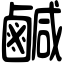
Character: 鹹